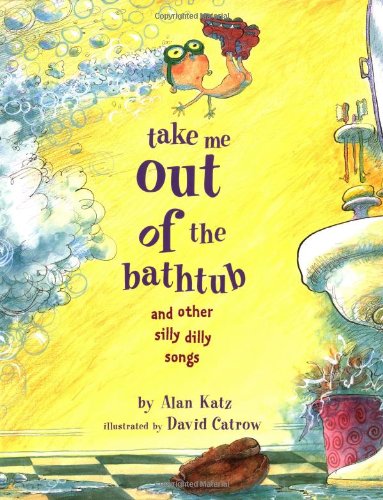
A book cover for Take Me Out of the Bathtub and Other Silly Dilly Songs; Alan Katz; Children's Books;